Annual report of the Imperial Bacteriologist
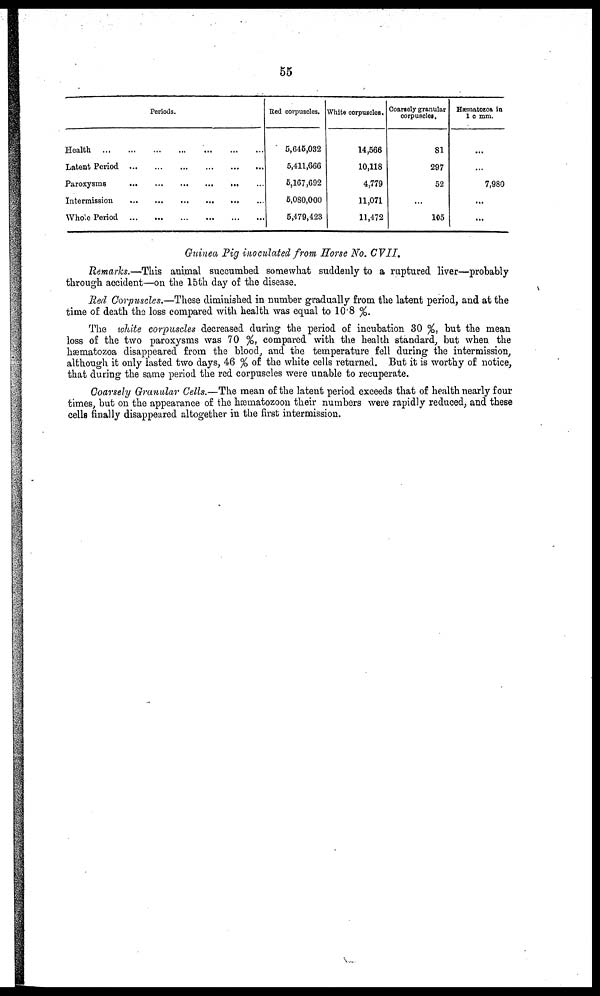
55
Periods.
Health
...
...
...
...
...
...
...
Latent Period
...
...
...
...
...
...
Paroxysms...
...
...
...
...
...
Intermission
...
...
...
...
...
...
Whole Period
...
...
...
...
...
...
Red corpuscles.
5,646,032
5,411,666
5,167,692
5,080,000
5,479,423
White corpuscles.
14,566
10,118
4,779
11,071
11,472
Coarsely granular
corpuscles.
81
297
52
...
105
Hæmotozoa in
1 c mm.
...
...
7,980
...
...
Guinea Pig inoculated from Horse No. CVII.
Remarks.—This animal succumbed somewhat suddenly to a ruptured liver—probably
through accident—on the 15th day of the disease.
Red Corpuscles.—These diminished in number gradually from the latent period, and at the
time of death the loss compared with health was equal to 10.8 %.
The white corpuscles decreased during the period of incubation 30 %, but the mean
loss of the two paroxysms was 70 %, compared with the health standard, but when the
hæmatozoa disappeared from the blood, and the temperature fell during the intermission,
although it only lasted two days, 46 % of the white cells returned. But it is worthy of notice,
that during the same period the red corpuscles were unable to recuperate.
Coarsely Granular Cells.—The mean of the latent period exceeds that of health nearly four
times, but on the appearance of the hæmatozoon their numbers were rapidly reduced, and these
cells finally disappeared altogether in the first intermission.